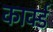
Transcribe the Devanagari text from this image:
कार्क्ड